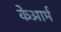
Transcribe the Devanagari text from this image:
केआर्म